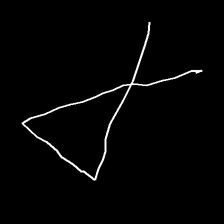
Glyph: collection